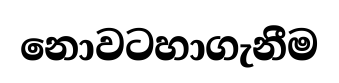
නොවටහාගැනීම